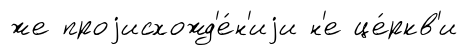
же проjисхожд'е́н'иjи н'е це́ркв'и